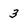
Character: 3